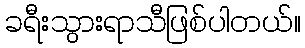
ခရီးသွားရာသီဖြစ်ပါတယ်။